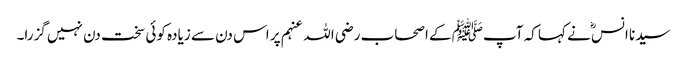
سیدنا انسؓ نے کہا کہ آپﷺ کے اصحاب رضی اللہ عنہم پر اس دن سے زیادہ کوئی سخت دن نہیں گزرا۔